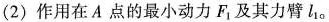
(2)作用在A点的最小动力F_{1}，及其力臂l_{1}。